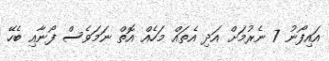
އައިފޯނު 7 ނެރުމަށް އަދި އެތައް މަހެއް އޮތް ނަމަވެސް ފޯނާއި ބެހޭ